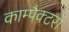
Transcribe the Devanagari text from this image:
काम्पैक्टरों